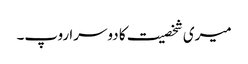
میری شخصیت کا دوسرا روپ۔